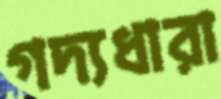
গদ্যধারা